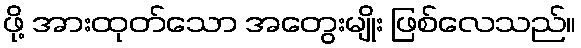
ဖို့ အားထုတ်သော အတွေးမျိုး ဖြစ်လေသည်။